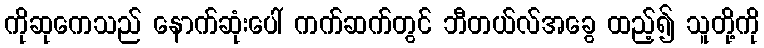
ကိုဆုကေသည် နောက်ဆုံးပေါ် ကက်ဆက်တွင် ဘီတယ်လ်အခွေ ထည့်၍ သူတို့ကို